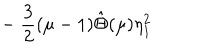
- ~ \frac { 3 } { 2 } ( \mu - 1 ) \hat { \Theta } ( \mu ) \eta _ { 1 } ^ { 2 }